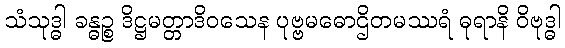
သံသုဒ္ဓါ ခန္ဓဉ္စ ဒိဋ္ဌမတ္တာဒိဝသေန ပုဗ္ဗမဓောဌိတမဿရံ ဓုရာနိ ဝိဗုဒ္ဓါ